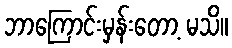
ဘာကြောင်းမှန်းတော့ မသိ။